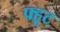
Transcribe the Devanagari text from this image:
फ्हूट